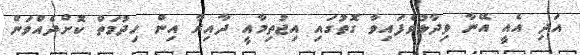
އަދި އެއީ އޭނާ ވިދާޅުވެފައިވާ ގޮތުގައި އިޖުތިމާއީ ދާއިރާ އިން ހިދުމަތް ކޮށްދެއްވަން